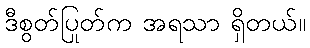
ဒီစွတ်ပြုတ်က အရသာ ရှိတယ်။